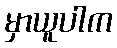
မှာယူပါက